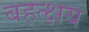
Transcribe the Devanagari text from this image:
बहत्क्षय